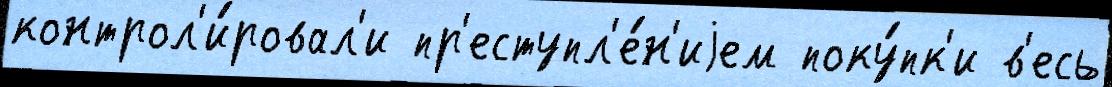
контрол'и́ровал'и пр'еступл'е́н'иjем поку́пк'и в'есь